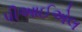
પીઆઈએલ